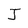
Character: J